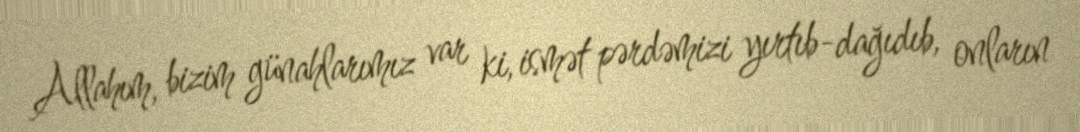
Allahım, bizim günahlarımız var ki, ismət pərdəmizi yırtıb-dağıdıb, onların